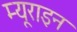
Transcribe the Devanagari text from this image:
म्यूराइन